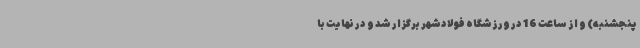
پنجشنبه) و از ساعت 16 در ورزشگاه فولادشهر برگزار شد و در نهایت با